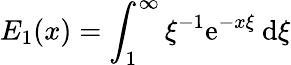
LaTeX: \displaystyle E_{1}(x)=\int_{1}^{\infty}\xi^{-1}\mathrm{e}^{-x\xi}\: \mathrm{d}\xi